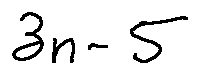
3 n - 5